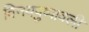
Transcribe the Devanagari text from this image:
विनयपुष्पावली